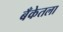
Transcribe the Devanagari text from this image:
बँकेतला